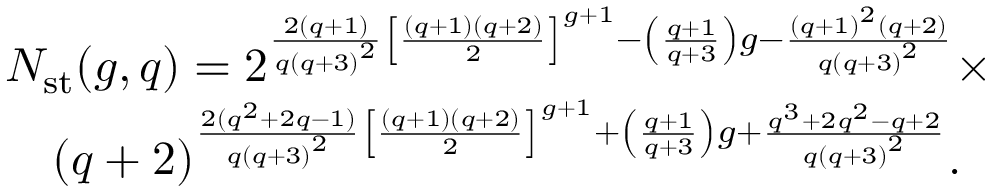
\begin{array} { r l } & { N _ { \mathrm { s t } } ( g , q ) = 2 ^ { \frac { 2 ( q + 1 ) } { q { ( q + 3 ) } ^ { 2 } } { \left[ \frac { ( q + 1 ) ( q + 2 ) } { 2 } \right] } ^ { g + 1 } - \left( \frac { q + 1 } { q + 3 } \right) g - \frac { { ( q + 1 ) } ^ { 2 } ( q + 2 ) } { { q ( q + 3 ) } ^ { 2 } } } \times } \\ & { \quad { ( q + 2 ) } ^ { \frac { 2 ( q ^ { 2 } + 2 q - 1 ) } { q { ( q + 3 ) } ^ { 2 } } { \left[ \frac { ( q + 1 ) ( q + 2 ) } { 2 } \right] } ^ { g + 1 } + \left( \frac { q + 1 } { q + 3 } \right) g + \frac { q ^ { 3 } + 2 q ^ { 2 } - q + 2 } { { q ( q + 3 ) } ^ { 2 } } } . } \end{array}